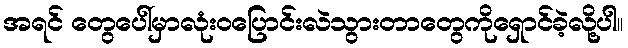
အရင် တွေပေါ်မှာလုံးဝပြောင်းလဲသွားတာတွေကိုရှောင်ခဲ့လို့ပါ။